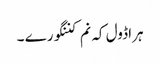
ہراڈول کہ نم کننگورے ۔